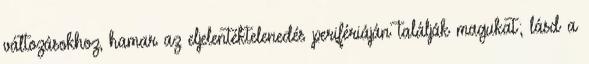
változásokhoz, hamar az eljelentéktelenedés perifériáján találják magukat; lásd a